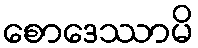
စောဒေဿာမိ